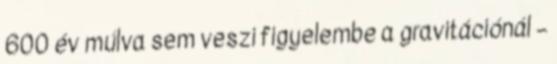
600 év múlva sem veszi figyelembe a gravitációnál –